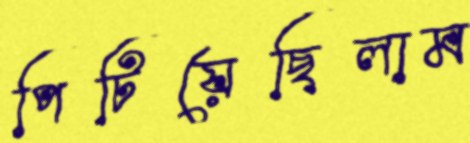
পিটিয়েছিলাম